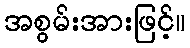
အစွမ်းအားဖြင့်။